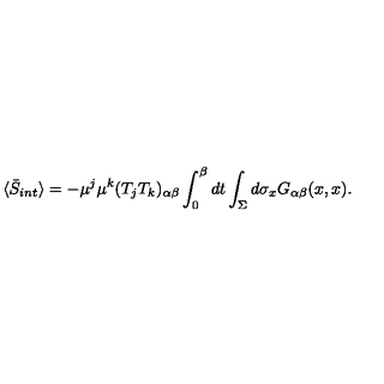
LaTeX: \langle \bar { S } _ { i n t } \rangle = - \mu ^ { j } \mu ^ { k } ( T _ { j } T _ { k } ) _ { \alpha \beta } \int _ { 0 } ^ { \beta } d t \int _ { \Sigma } d \sigma _ { x } G _ { \alpha \beta } ( x , x ) .